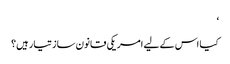
‘
کیا اس کے لیے امریکی قانون ساز تیار ہیں؟